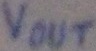
Text: Vout